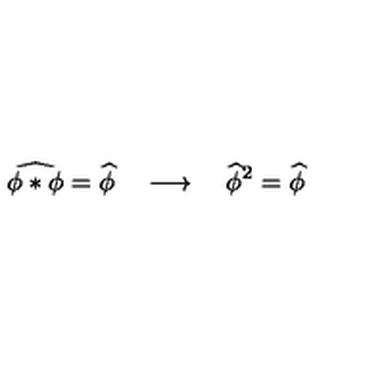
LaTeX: \widehat { \phi * \phi } = \widehat { \phi } \quad \longrightarrow \quad \widehat { \phi } ^ { 2 } = \widehat { \phi }